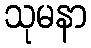
သုမနာ